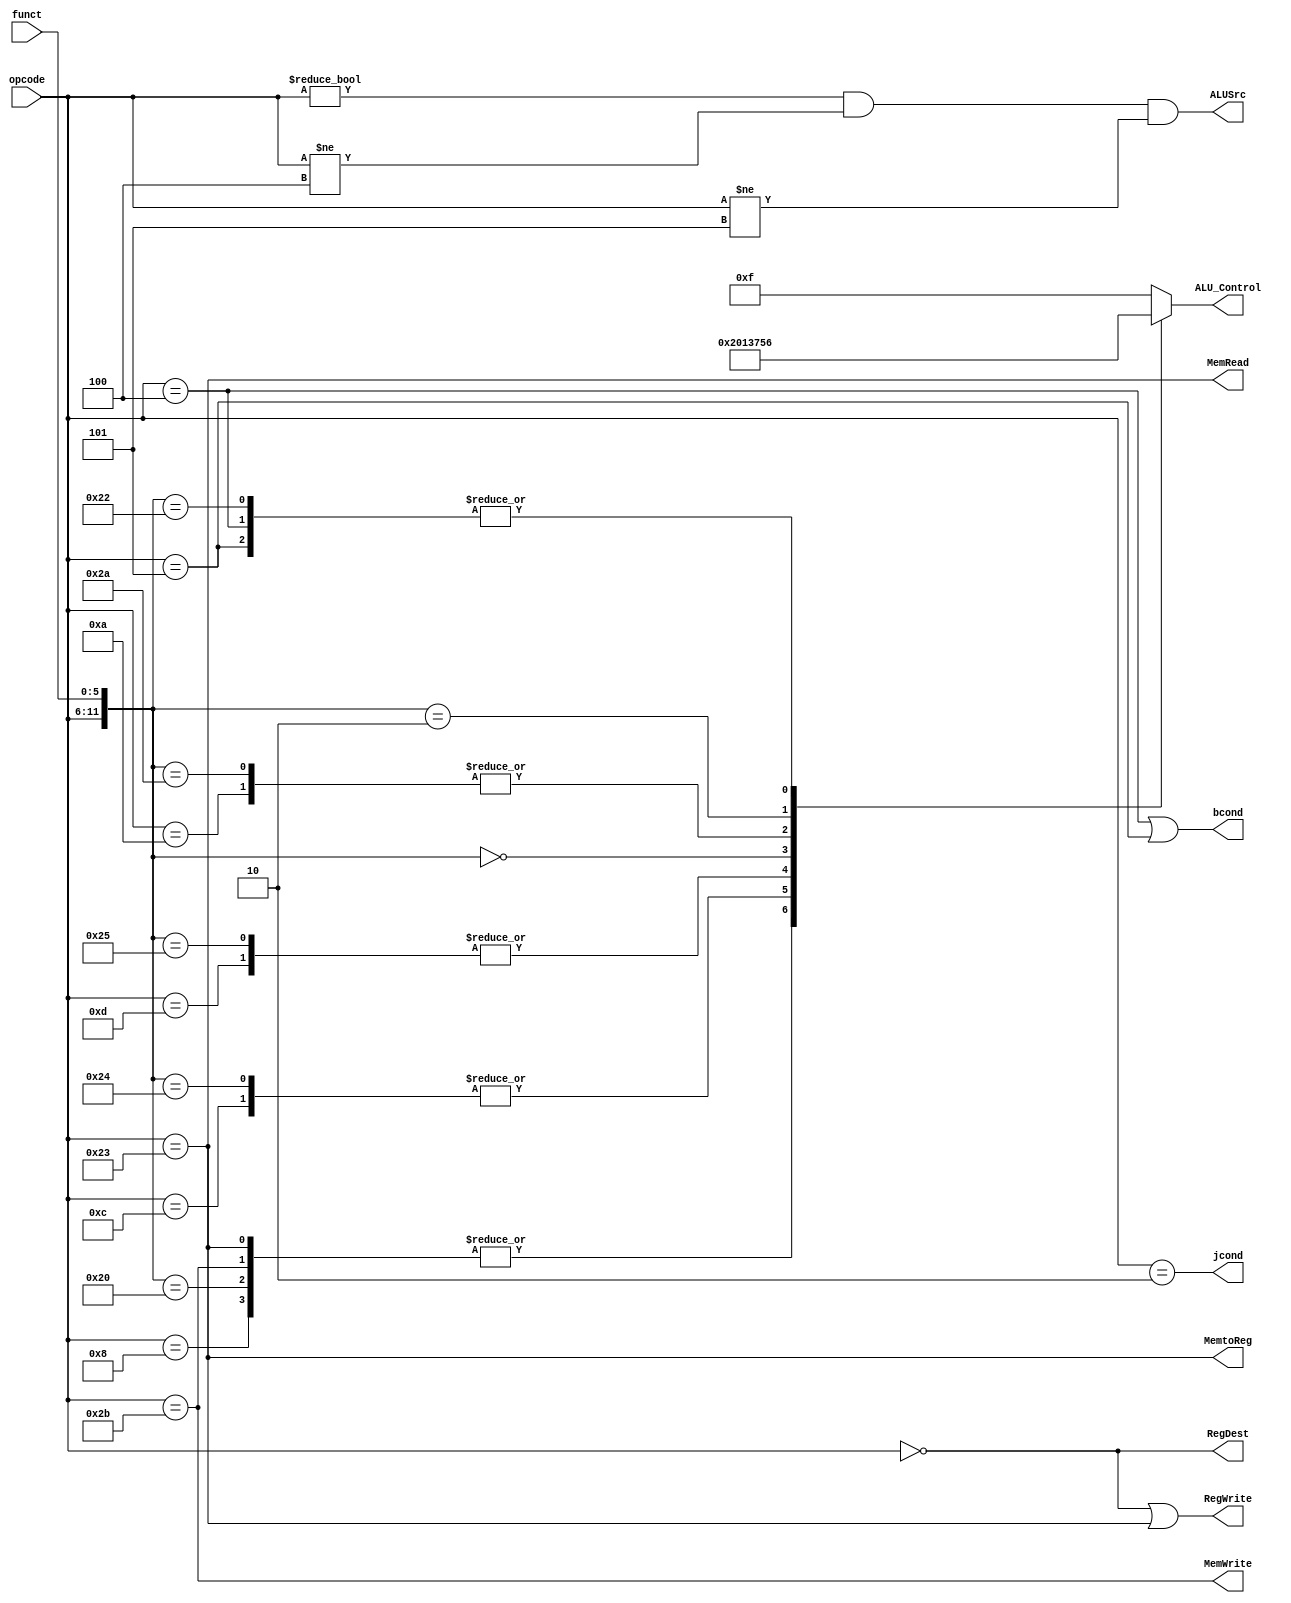

module control_unit(opcode,funct,RegDest,ALUSrc,MemtoReg,RegWrite,MemRead,MemWrite,ALU_Control,jcond,bcond);
input [5:0] opcode;       //Instr[31:26]
input [5:0] funct;        //Defines operation when Instructyion in R type
output bcond;              //1 when opcode is BEQ and BNE
output jcond;             //1 when jump
output RegDest;           //Write Destination register location
                          //RegDest = 1 -> R-type - Instr[15:11]
                          //RegDest = 0 -> I-type - Instr[21:16]
output ALUSrc;      
output [3:0] ALU_Control; //Defines the ALU operation 
output MemtoReg;          //Steer ALU(0)/Load memory(1) output to GPR write port
output RegWrite;          //GPR wite Disabled(0)/Enabled(1)
output MemRead;           //Read from Data memory(LW/LB=1)
output MemWrite;          //Write to Data memory(SW/SB=1)

`define ADD  6'b100000
`define AND  6'b100100 
`define Rf   6'b000000
`define OR   6'b100101 
`define SLL  6'b000000
`define SLT  6'b101010
`define SRL  6'b000010
`define SUB  6'b100010
`define ADDI 6'b001000
`define ANDI 6'b001100
`define BEQ  6'b000100
`define BNE  6'b000101
`define LW   6'b100011
`define SW   6'b101011
`define SLTI 6'b001010 
`define ORI  6'b001101
`define J    6'b000010

reg [3:0] alu_ctrl;


assign RegDest   = (opcode==6'b0);
assign ALUSrc    = (opcode!=6'b0) && (opcode!=`BEQ) && (opcode!=`BNE);
assign MemtoReg  = (opcode==`LW);
assign RegWrite  = (opcode == `Rf) || (opcode == `LW);
assign MemRead   = (opcode==`LW);
assign MemWrite  = (opcode==`SW);
assign jcond = (opcode ==`J);
assign bcond = (opcode == `BEQ) || (opcode == `BNE); 



always@ (*) begin
  casex({opcode,funct})
     {`Rf ,`ADD},{`ADDI,6'dx},
     {`LW  ,6'dx},
     {`SW  ,6'dx} : alu_ctrl = 4'd2;
    {6'd0 ,`AND},{`ANDI,6'dx} : alu_ctrl = 4'd0;
    {6'd0 ,`OR} ,{`ORI ,6'dx} : alu_ctrl = 4'd1;
    {6'd0 ,`SLL}              : alu_ctrl = 4'd3;
    {6'd0 ,`SLT},{`SLTI,6'dx} : alu_ctrl = 4'd7;
    {6'd0 ,`SRL}              : alu_ctrl = 4'd5;
    {6'd0 ,`SUB},{`BEQ ,6'dx}
     ,{`BNE ,6'dx}            : alu_ctrl = 4'd6;
    default                   : alu_ctrl = 4'd15;
  endcase
end

assign ALU_Control = alu_ctrl;

endmodule


module testControlUnit;
   reg [5:0]opcode,funct;
   wire bcond,jcond,RegDest,ALUSrc,MemtoReg,RegWrite,MemRead,MemWrite;  
   wire [3:0] ALU_Control;                            
        


initial
begin
$monitor($time,"opcode=%d,funct=%d,bcond=%d,jcond=%d,RegDest=%d,ALUSrc=%d,ALU_Control=%d,MemtoReg=%d,RegWrite=%d,MemRead=%d,MemWrite=%d",
opcode,funct,bcond,jcond,RegDest,ALUSrc,ALU_Control,MemtoReg,RegWrite,MemRead,MemWrite);
           

#1 opcode = 0 ; funct = 32; // and
#2 opcode = 'b 101011 ; // SW
#3 opcode = 'b  100011 ; // LW 

end

control_unit cu1(opcode,funct,RegDest,ALUSrc,MemtoReg,RegWrite,MemRead,MemWrite,ALU_Control,jcond,bcond);

endmodule